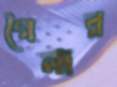
গৈলার